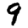
Digit: 9